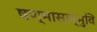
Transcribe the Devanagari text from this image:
षण्मासान्भुवि